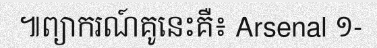
៕ព្យាករណ៍គូនេះគឺ៖ Arsenal ១-